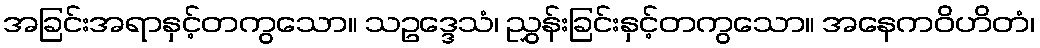
အခြင်းအရာနှင့်တကွသော။ သဥဒ္ဒေသံ၊ ညွှန်းခြင်းနှင့်တကွသော။ အနေကဝိဟိတံ၊